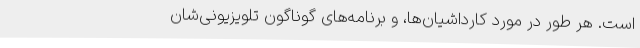
است. هر طور در مورد کارداشیان‌ها، و برنامه‌های گوناگون تلویزیونی‌شان